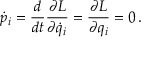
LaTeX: { \dot { p } } _ { i } = { \frac { d } { d t } } { \frac { \partial L } { \partial { \dot { q } } _ { i } } } = { \frac { \partial L } { \partial q _ { i } } } = 0 \, .